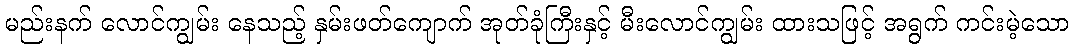
မည်းနက် လောင်ကျွမ်း နေသည့် နှမ်းဖတ်ကျောက် အုတ်ခုံကြီးနှင့် မီးလောင်ကျွမ်း ထားသဖြင့် အရွက် ကင်းမဲ့သော